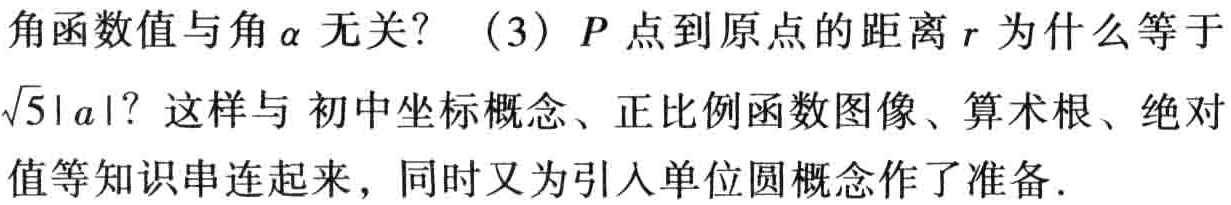
角函数值与角\(\alpha\)无关？（3）\(P\)点到原点的距离\(r\)为什么等于\(\sqrt{5}|a|\)？这样与 初中坐标概念、正比例函数图像、算术根、绝对
值等知识串连起来，同时又为引入单位圆概念作了准备.